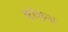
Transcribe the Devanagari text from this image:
कॉकनर